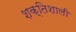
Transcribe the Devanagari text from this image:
शक्‍ितशाली